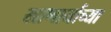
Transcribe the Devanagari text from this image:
खाणार्याच्या